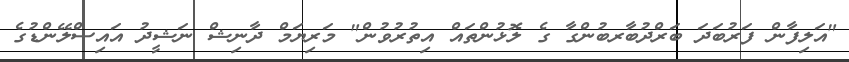
"އަލިފާން ފަރުބަދަ ބަރްދުބާރބުންގާ ގެ ލޮޅުންތައް އިތުރުވުން" މަރިޔަމް ދާނިޝް ނަޝީދު އައިސްލޭންޑުގެ